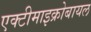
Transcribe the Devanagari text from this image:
एक्टीमाइक्रोबायल